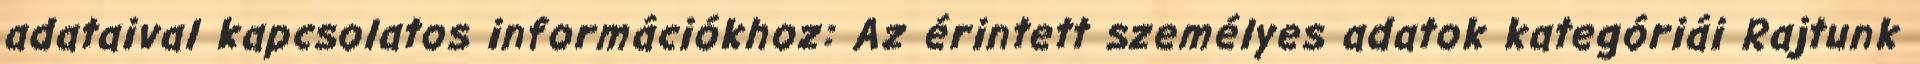
adataival kapcsolatos információkhoz: Az érintett személyes adatok kategóriái Rajtunk